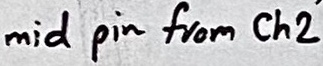
Text: mid pin from Ch2